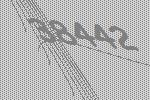
38442